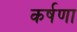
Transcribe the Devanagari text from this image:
कर्षणा